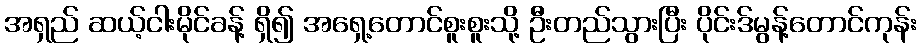
အရှည် ဆယ့်ငါးမိုင်ခန့် ရှိ၍ အရှေ့တောင်စူးစူးသို့ ဦးတည်သွားပြီး ပိုင်းဒ်မွန့်တောင်ကုန်း